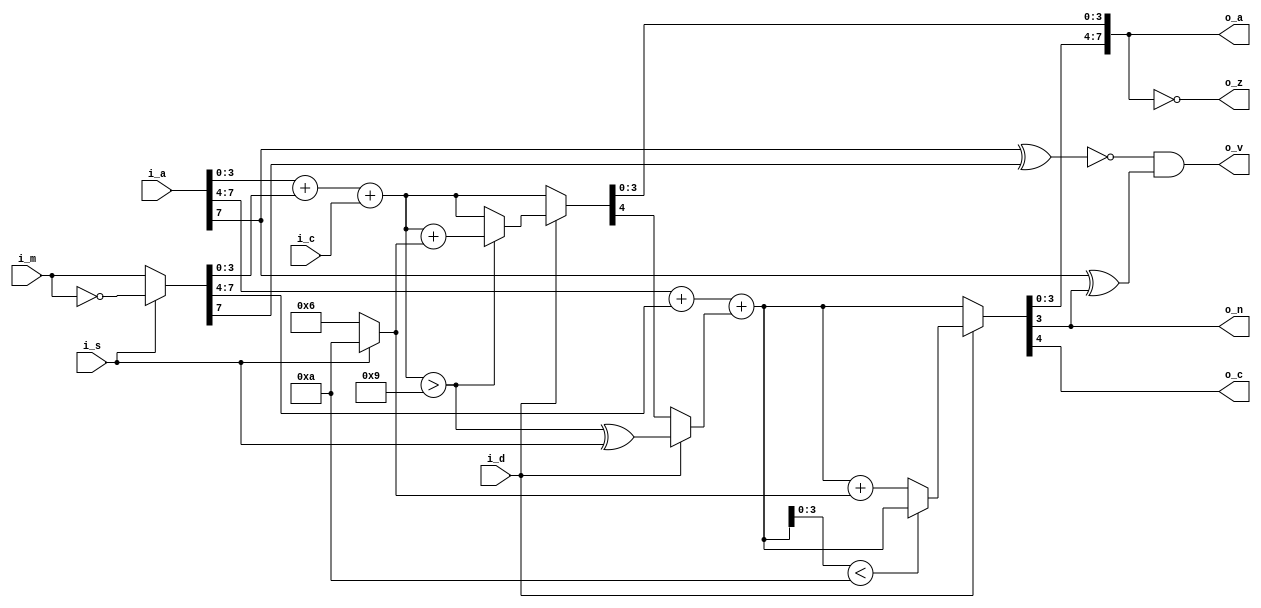
// Copyright (c) 2014 Takashi Toyoshima <toyoshim@gmail.com>.
// All rights reserved.  Use of this source code is governed by a BSD-style
// license that can be found in the LICENSE file.

module MC6502Accumulator(
    i_a,
    i_m,
    i_c,
    i_d,
    i_s,
    o_a,
    o_n,
    o_z,
    o_c,
    o_v);
  input  [7:0] i_a;
  input  [7:0] i_m;
  input        i_c;
  input        i_d;
  input        i_s;
  output [7:0] o_a;
  output       o_n;
  output       o_z;
  output       o_c;
  output       o_v;

  wire   [7:0] w_m;
  wire   [4:0] w_bsum_lo;
  wire   [4:0] w_dsum_lo;
  wire   [4:0] w_bsum_hi;
  wire   [4:0] w_dsum_hi;
  wire   [4:0] w_sum_low;
  wire   [4:0] w_sum_high;
  wire         w_dover_lo;
  wire         w_carry;
  wire   [3:0] w_fix;

  assign w_m        = i_s ? ~i_m : i_m;
  assign w_fix      = i_s ? 4'ha : 4'h6;
  assign w_bsum_lo  = i_a[3:0] + w_m[3:0] + { 3'b000, i_c };
  assign w_dover_lo = w_bsum_lo > 5'h9;
  assign w_dsum_lo  = w_dover_lo ? (w_bsum_lo + w_fix) : w_bsum_lo;
  assign w_sum_low  = i_d ? w_dsum_lo : w_bsum_lo;
  assign w_carry    = i_d ? w_dover_lo ^ i_s : w_sum_low[4];
  assign w_bsum_hi  = i_a[7:4] + w_m[7:4] + { 3'b000, w_carry };
  assign w_dsum_hi  = (w_bsum_hi[3:0] < 4'ha) ? w_bsum_hi : (w_bsum_hi + w_fix);
  assign w_sum_high = i_d ? w_dsum_hi : w_bsum_hi;
  assign o_a        = { w_sum_high[3:0], w_sum_low[3:0] };
  assign o_n        = o_a[7];
  assign o_z        = o_a == 8'h00;
  assign o_c        = w_sum_high[4];
  assign o_v        = (!(i_a[7] ^ w_m[7]) & (i_a[7] ^ o_a[7]));
endmodule  // MC6502Accumulator